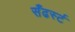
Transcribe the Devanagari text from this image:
सँढर्स्ट